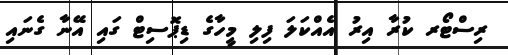
ރިސްޓޯރ ކުރާ އިރު އެއްކަލަ ފިލި މީހާގެ ޑިޕޮސިޓް ގައި އޭނާ ގެނައި